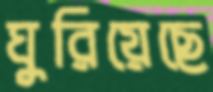
ঘুরিয়েছে